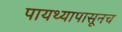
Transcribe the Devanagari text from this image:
पायथ्यापासूनच